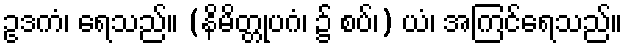
ဥဒကံ၊ ရေသည်။ (နိမိတ္တုပဂံ၊ ၌ စပ်၊) ယံ၊ အကြင်ရေသည်။